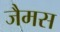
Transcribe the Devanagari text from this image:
जैमस